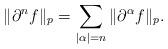
LaTeX: \begin{align*}\| \partial^n f \|_p = \sum_{|\alpha|=n} \| \partial^{\alpha} f \|_p.\end{align*}